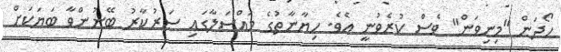
ހޯދަން "މިނިވަން" ވެސް ކުރެވުނީ އެވެ. ހިޔާނާތުގެ މައްސަލާގައި ސަރުކާރު ބޭނުންވާ ބަޔަކަށް